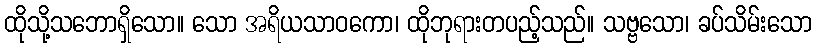
ထိုသို့သဘောရှိသော။ သော အရိယသာဝကော၊ ထိုဘုရားတပည့်သည်။ သဗ္ဗသော၊ ခပ်သိမ်းသော